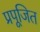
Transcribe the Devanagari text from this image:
प्रपूजित